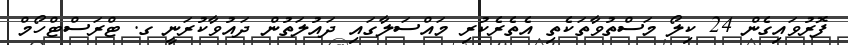
ފޮރުވައިގެން 24 ކިލޯ މަސްތުވާތަކެތި އެތެރެކުރި މައްސަލާގައި ދައުލަތުން ދައުވާކުރަނީ ގ. ޓްރަސްޓްހޯމް